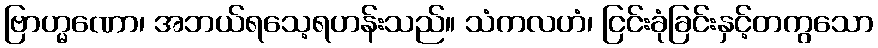
ဗြာဟ္မဏော၊ အဘယ်ရသေ့ရဟန်းသည်။ သံကလဟံ၊ ငြင်းခုံခြင်းနှင့်တကွသော